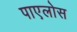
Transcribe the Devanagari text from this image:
पाएलोस